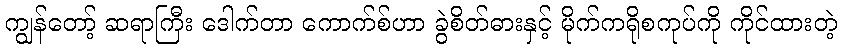
ကျွန်တော့် ဆရာကြီး ဒေါက်တာ ကောက်စ်ဟာ ခွဲစိတ်ဓားနှင့် မိုက်ကရိုစကုပ်ကို ကိုင်ထားတဲ့